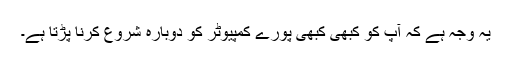
یہ وجہ ہے کہ آپ کو کبھی کبھی پورے کمپیوٹر کو دوبارہ شروع کرنا پڑتا ہے۔